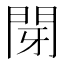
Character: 閕